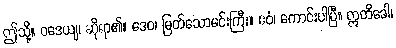
ဤသို့။ ဝဒေယျ၊ ဆိုရာ၏။ ဒေဝ၊ မြတ်သောမင်းကြီး။ ဧဝံ၊ ကောင်းပါပြီ။ ဣတိခေါ၊